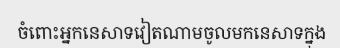
ចំពោះអ្នកនេសាទវៀតណាមចូលមកនេសាទក្នុង